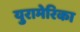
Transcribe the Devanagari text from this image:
युरामेरिका